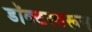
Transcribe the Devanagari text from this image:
डॉक्टरवरून